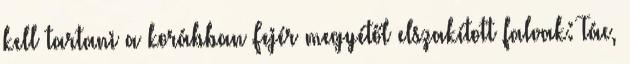
kell tartani a korábban Fejér megyétől elszakított falvak: Tác,